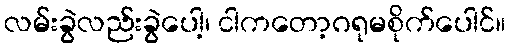
လမ်းခွဲလည်းခွဲပေါ့၊ ငါကတော့ဂရုမစိုက်ပေါင်။